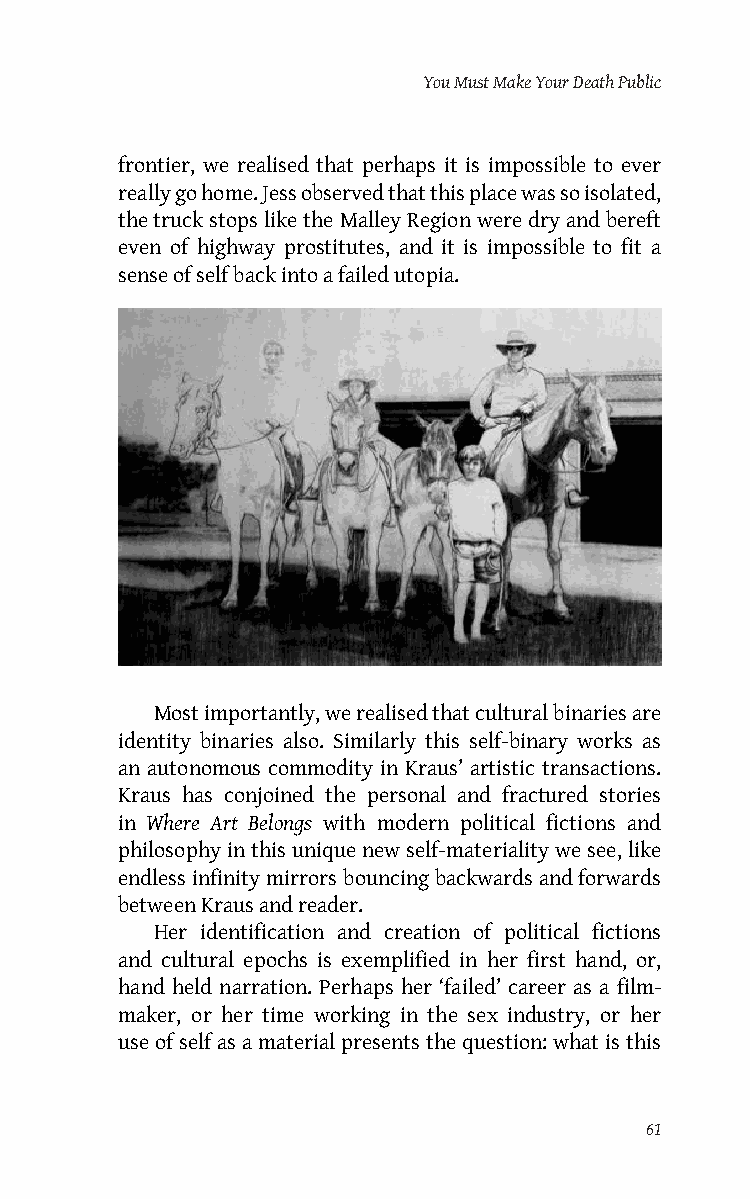
You Must Make Your Death Public
 frontier, we realised that perhaps it is impossible to ever
 really go home. Jess observed that this place was so isolated,
 the truck stops like the Malley Region were dry and bereft
 even of highway prostitutes, and it is impossible to fit a
 sense of self back into a failed utopia.
 Most importantly, we realised that cultural binaries are
 identity binaries also. Similarly this self-binary works as
 an autonomous commodity in Kraus’ artistic transactions.
 Kraus has conjoined the personal and fractured stories
 in Where Art Belongs with modern political fictions and
 philosophy in this unique new self-materiality we see, like
 endless infinity mirrors bouncing backwards and forwards
 between Kraus and reader.
 Her identification and creation of political fictions
 and cultural epochs is exemplified in her first hand, or,
 hand held narration. Perhaps her ‘failed’ career as a film-
 maker, or her time working in the sex industry, or her
 use of self as a material presents the question: what is this
 61